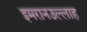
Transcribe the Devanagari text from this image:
इमरानउल्लाह